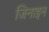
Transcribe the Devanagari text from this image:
जिनाइन